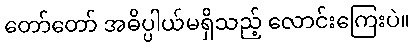
တော်တော် အဓိပ္ပါယ်မရှိသည့် လောင်းကြေးပဲ။